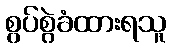
စွပ်စွဲခံထားရသူ